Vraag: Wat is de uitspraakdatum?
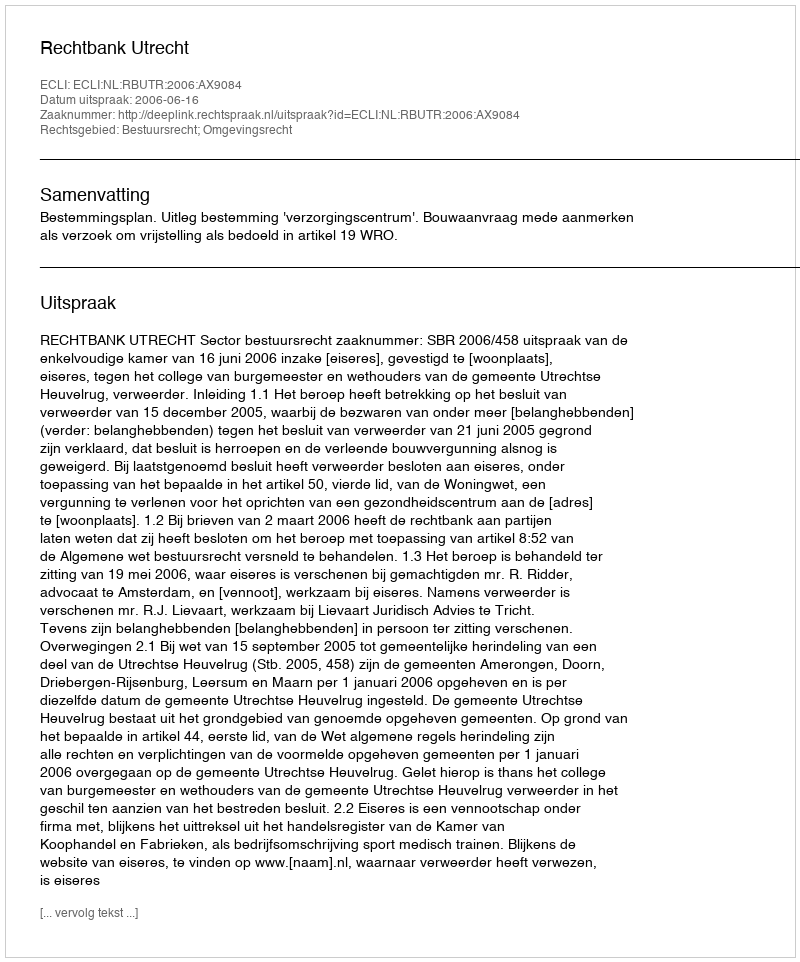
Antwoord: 2006-06-16